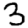
Digit: 3